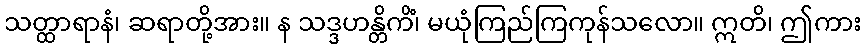
သတ္ထာရာနံ၊ ဆရာတို့အား။ န သဒ္ဒဟန္တိကိံ၊ မယုံကြည်ကြကုန်သလော။ ဣတိ၊ ဤကား